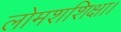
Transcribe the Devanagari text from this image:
लोमशशिक्षा।